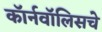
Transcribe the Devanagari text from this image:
कॉर्नवॉलिसचे